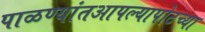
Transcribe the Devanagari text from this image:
पाळण्यांतआपल्यापोटच्या